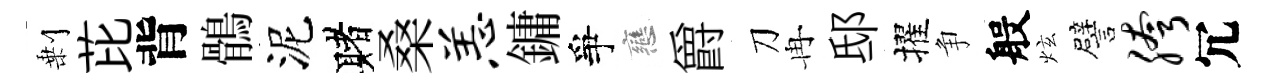
剰芘背鶻泥赌桑恙鏞爭戀爵刀冉邸擢争般炫譬胯冗